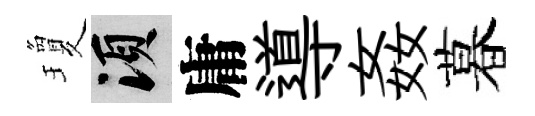
瓊須庸導姦暮